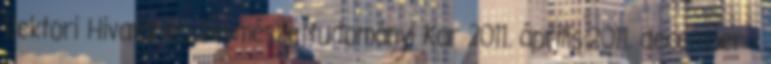
Rektori Hivatal és Természettudományi Kar 2011. április-2011. december -